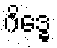
ဂိဒ္ဓေ